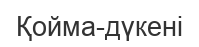
Қойма-дүкені